Trukikaitis_Postimees, lk 2
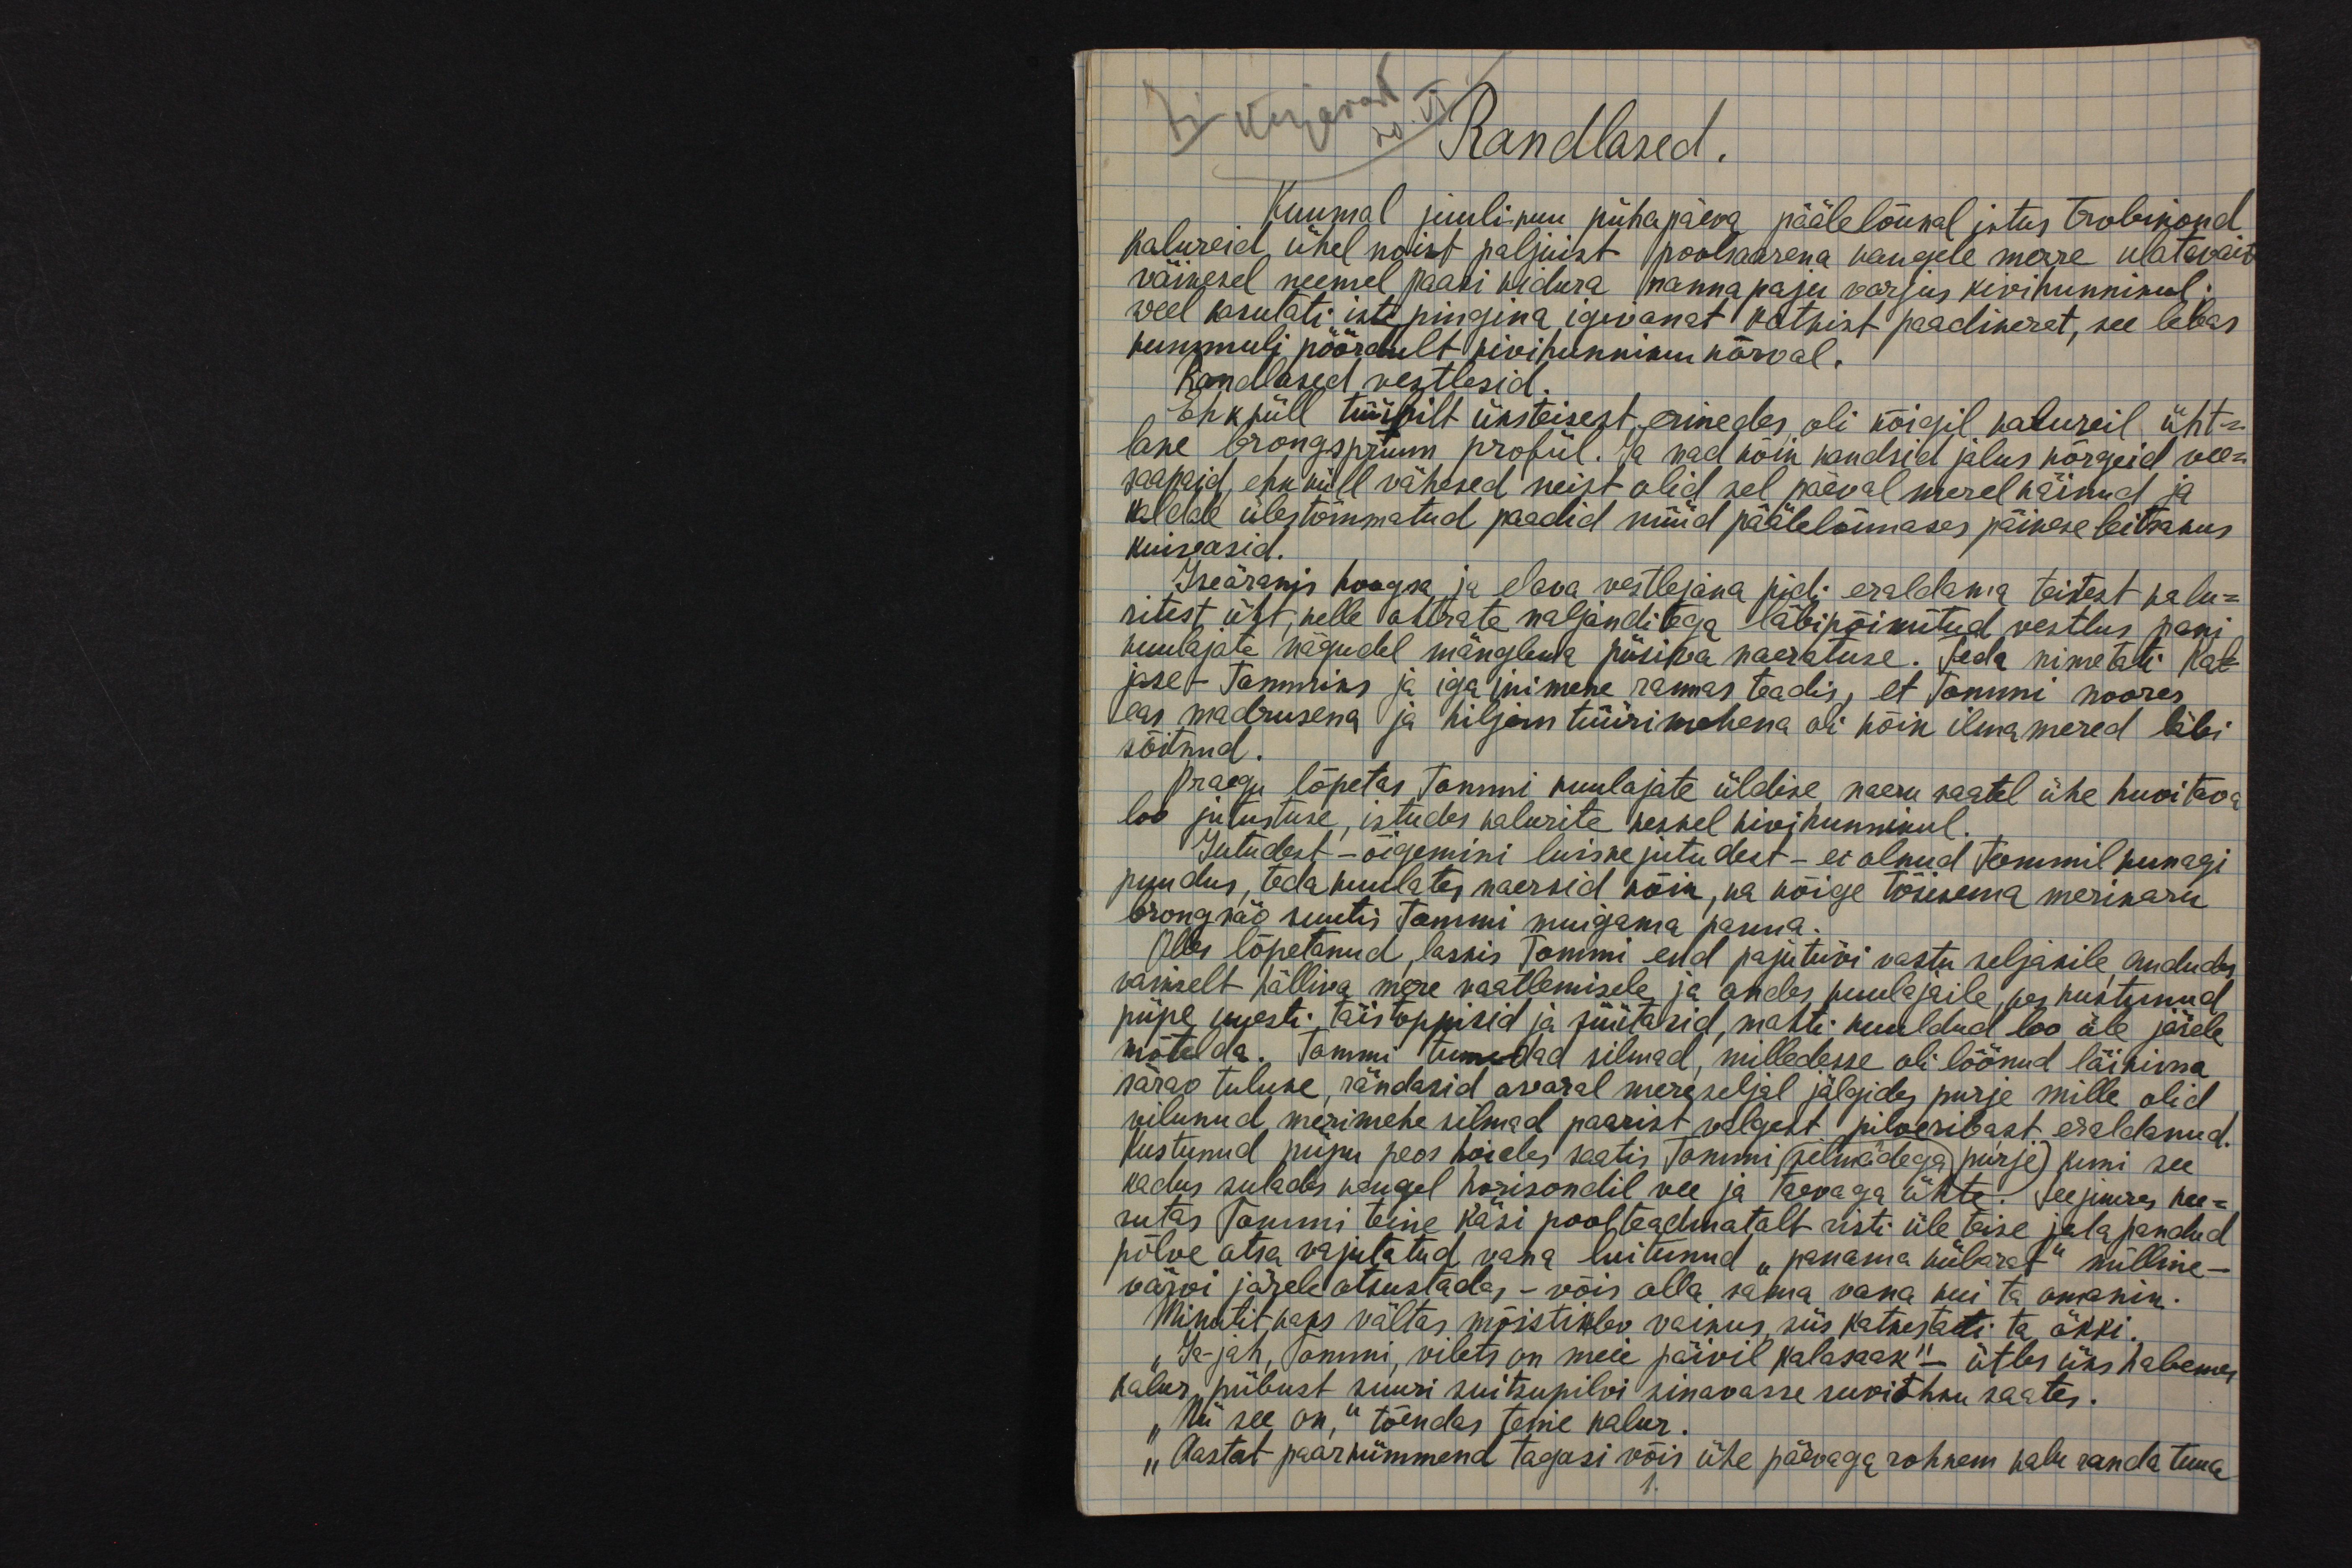
Randlased.
Kuumal juulikuu pühapäeva päälelõunal istus trobikond
kalureid ühel noist paljuist poolsaarena kaugele merre ulatavaist
väikesel neemel paari kidura rannapaju varjus kivihunnikul.
veel kasutati istepingina igivanat katkist paadikeret, see lebas
kummuli pööratult kivihunniku kõrval.
Randlased vestlesid.
Ehk küll tüübilt üksteisest erinedes, oli kõigil kalureil üht-
lane brongspruun profiil. Ja nad kõik kandsid jalus kõrgeid vee-
saapaid ehk küll vähesed neist olid sel päeval merel käiud ja
kaldale ülestõmmatud paadid nüüd päälelõunases päikese leitsakus
kuivasid.
Iseäranis hoogsa ja elava vestlejana pidi eraldama teistest kalu-
ritest üht, kelle ohtrate naljanditega läbipõimitud vestlus pani
kuulajate nägudel mängleva püsiva naeratuse. Teda nimetati Kal-
jase-Tommiks ja iga inimene rannas teadis, et Tommi noores
eas madrusena ja hiljem tüürimehena oli kõik ilma mered läbi
sõitnud.
Praegu lõpetas Tommi kuulajate üldise naeru saatel ühe huvitava
loo jutustuse, istudes kalurite keskel kivihunnikul.
Jutudest - õigemini luiskejutudest - ei olnud Tommil kunagi
puudus, teda kuulates naersid kõik, ka kõige tõsisema merikaru
brongsäo suutis Tommi muigama panna.
Olles lõpetanud, laskis Tommi end pajutüvi vastu seljakile, andudes
vaikselt hälliva mere vaatlemisele ja andes kuulajaile, kes kustunud
piipe uuesti täis toppisid ja süütasid, mahti kuuldud loo üle järele
mõtelda. Tommi tumedad silmad, milledesse oli löönud läikima
särav tuluke, rändasid avaral mereseljal jälgides purje mille olid
vilunud meremehe silmad paarist valgest pilveribast eraldanud.
Kustunud piipu peos hoides saatis Tommi silmadega purje kuni see
kadus sulades kaugel horisondil vee ja taevaga ühte. Seejuures kee-
rutas Tommi teine käsi pool poolteadmatalt risti üle teise jala pandud
põlve otsa vajutatud vana luitunud "panama kübarat" milline -
värvi järele otsustades - võis olla sama vana kui ta omanik.
Minutit kaks vältas mõistisklev vaikus, siis katkestati ta äkki.
"Ja-jah, Tommi, vilets on meie päivil kalasaak"- ütles üks habeme,
kalur piibust suuri suitsupilvi sinavasse suviõhku saates.
"Nii see on," tõendas teine kalur.
"Aastat paarkümmend tagasi võis ühe päevaga rohkem kala randa tuua